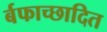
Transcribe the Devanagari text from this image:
र्बफाच्छादित